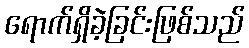
ရောက်ရှိခဲ့ခြင်းဖြစ်သည်